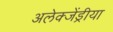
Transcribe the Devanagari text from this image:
अलेक्जेंड्रीया